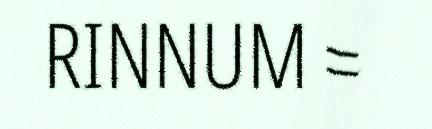
RINNUM =